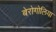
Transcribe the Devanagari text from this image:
बेरोगोलिया